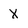
Character: X